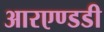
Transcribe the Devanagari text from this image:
आरएण्डडी